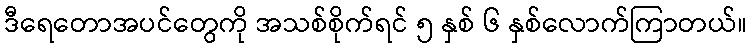
ဒီရေတောအပင်တွေကို အသစ်စိုက်ရင် ၅ နှစ် ၆ နှစ်လောက်ကြာတယ်။